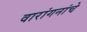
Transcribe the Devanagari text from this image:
वारांगनांचे